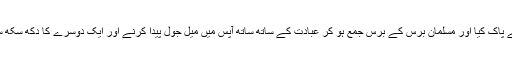
رسول خدا ﷺ نے حج کو ان رسموں سے پاک کیا اور مسلمان برس کے برس جمع ہو کر عبادت کے ساتھ ساتھ آپس میں میل جول پیدا کرنے اور ایک دوسرے کا دکھ سکھ سن کے مدد کے طریقے سوچنے لگے۔